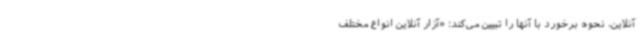
آنلاین، نحوه برخورد با آنها را تبیین می‌کند: «آزار آنلاین انواع مختلف